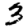
Digit: 3